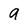
Character: a